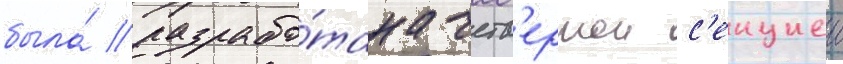
была́ разрабо́тана четв'ертои с'екциеи